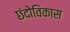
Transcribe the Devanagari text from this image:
छंदोविकास